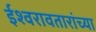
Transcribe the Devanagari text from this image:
ईश्वरावतारांच्या